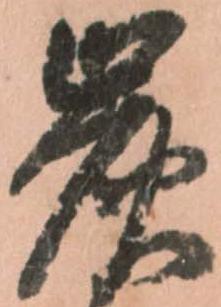
炭